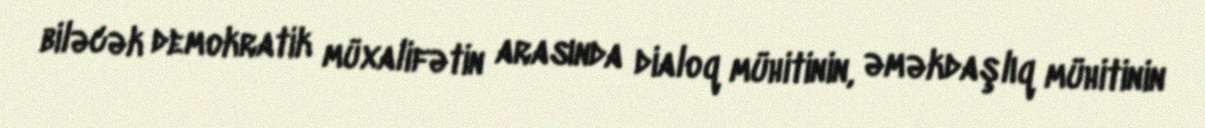
biləcək demokratik müxalifətin arasında dialoq mühitinin, əməkdaşlıq mühitinin